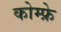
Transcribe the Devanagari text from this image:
कोम्फ्रे